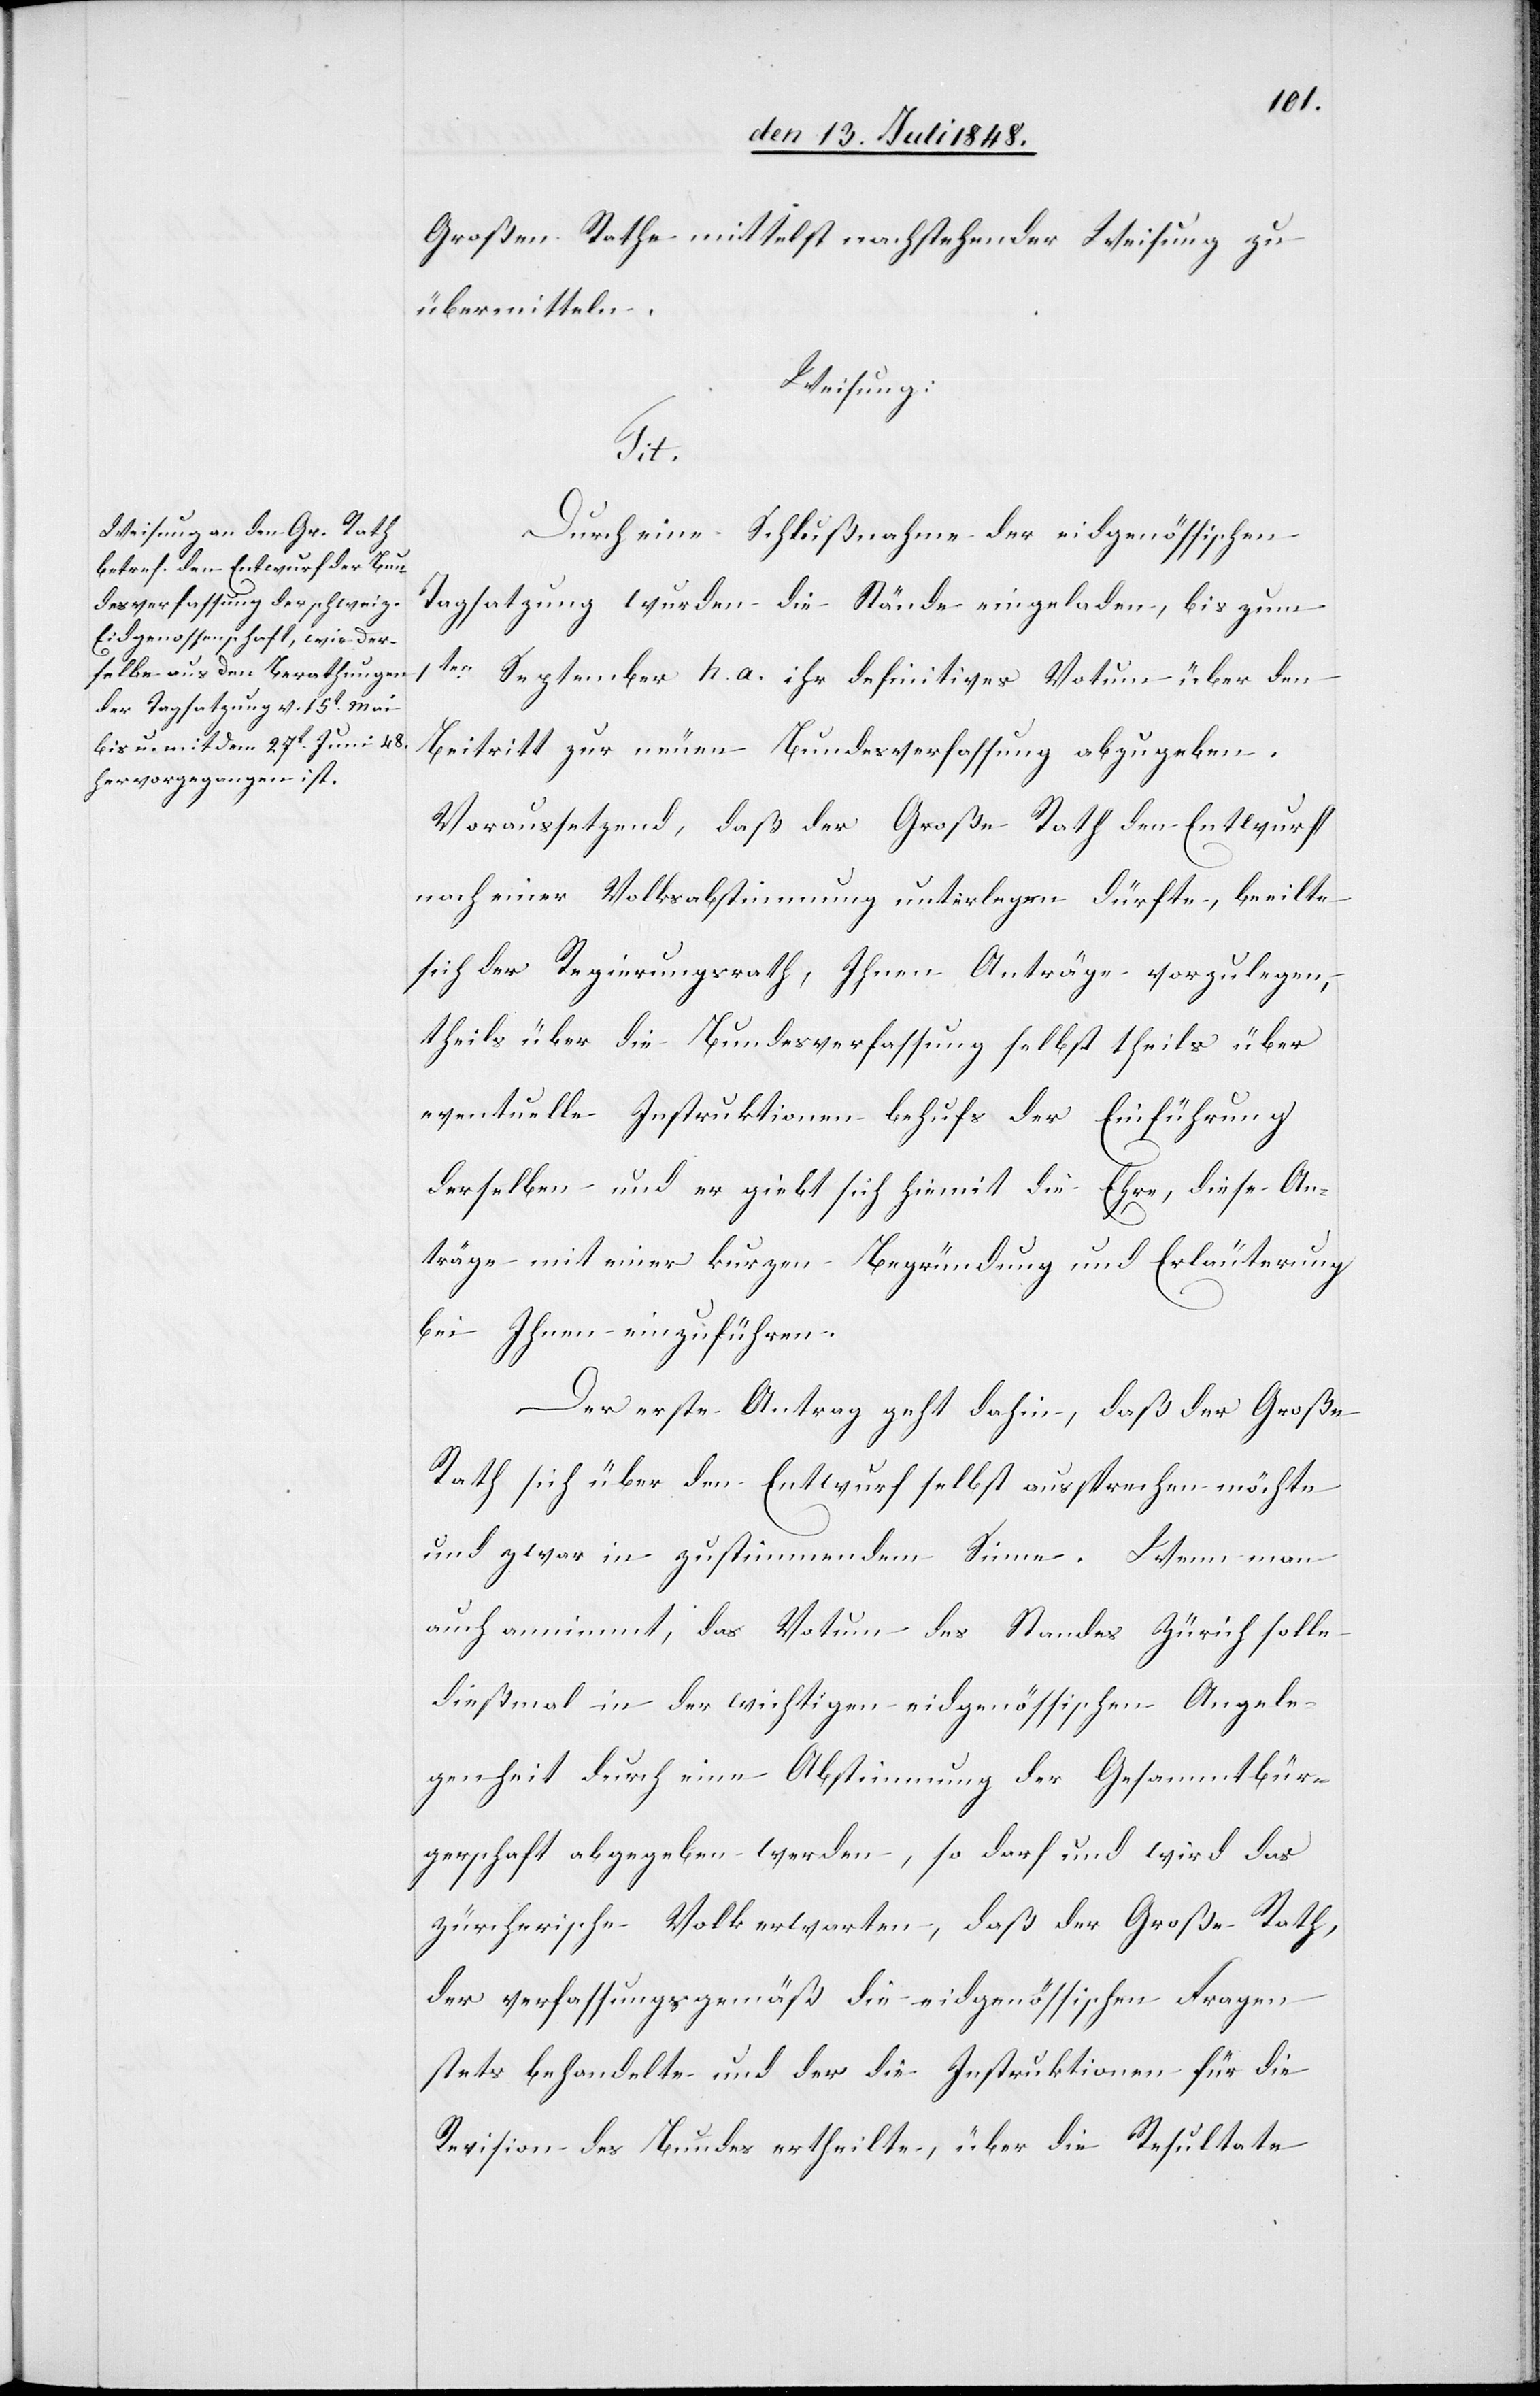
Großen Rathe mittelst nachstehender Weisung zu
übermitteln.
Weisung:
Tit.
Durch eine Schlußnahme der eidgenössischen
Tagsatzung wurden die Stände eingeladen, bis zum
1ten September h. a. ihr definitives Votum über den
Beitritt zur neuen Bundesverfassung abzugeben.
Voraussetzend, daß der Große Rath den Entwurf
nach einer Volksabstimmung unterlegen dürfte, beeilte
sich der Regierungsrath, Ihnen Anträge vorzulegen,
theils über die Bundesverfassung selbst, theils über
eventuelle[n] Instruktionen behufs der Einführung
derselben und er giebt sich hiemit die Ehre, diese An¬
träge mit einer kurzen Begründung und Erläuterung
bei Ihnen einzuführen.
Der erste Antrag geht dahin, daß der Große
Rath sich über den Entwurf selbst aussprechen möchte
und zwar in zustimmendem Sinne. Wenn man
auch annimmt, das Votum des Standes Zürich solle
dießmal in der wichtigen eidgenössischen Angele¬
genheit durch eine Abstimmung der Gesammtbür¬
gerschaft abgegeben werden, so darf und wird das
zürcherische Volk erwarten, daß der Große Rath,
der verfassungsgemäß die eidgenössischen Fragen
stets behandelte und der Instruktionen für die
Revision des Bundes ertheilte, über die Resultate